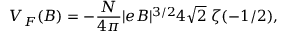
V _ { F } ( B ) = - \frac { N } { 4 \pi } | e B | ^ { 3 / 2 } 4 \sqrt { 2 } \; \zeta ( - 1 / 2 ) ,